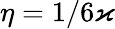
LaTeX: \eta=1/6\varkappa